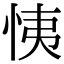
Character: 恞